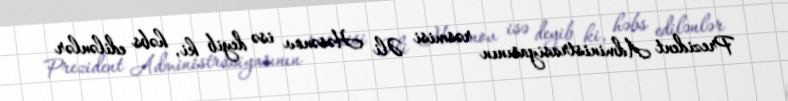
Prezident Administrasiyasının rəsmisi Əli Həsənov isə deyib ki, həbs edilənlər